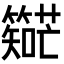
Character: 𬕼